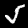
Digit: 5